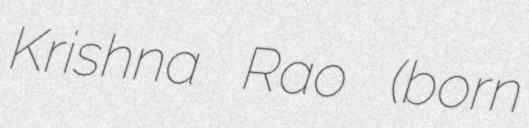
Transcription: Krishna Rao (born